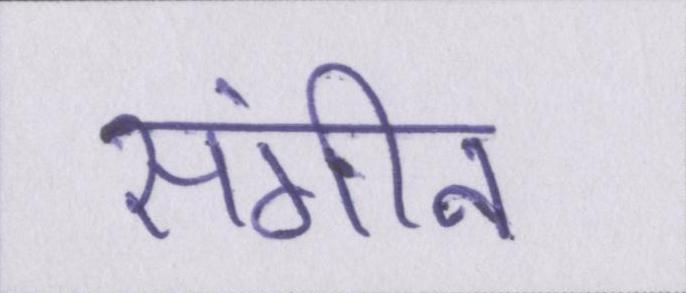
संगीन